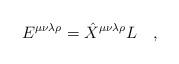
LaTeX: \begin{align*}E^{\mu\nu\lambda\rho}=\hat{X}^{\mu\nu\lambda\rho} L~~~,\end{align*}